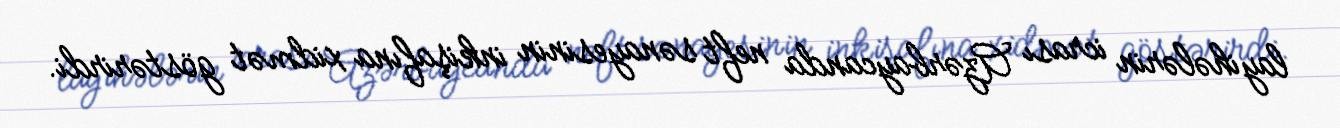
layihələrin icrası Azərbaycanda neft sənayesinin inkişafına xidmət göstərirdi.